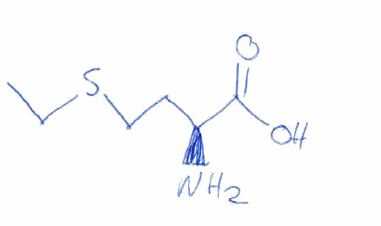
Simplified molecular-input line-entry system (SMILES) notation of the given molecule:
CCSCC[C@@H](C(=O)O)N